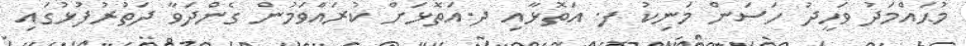
މުޙައްމަދު ވަހީދު ހަސަން މަނިކު ފ. އަތޮޅާއި ދ.އަތޮޅަށް ކުރައްވަމުން ގެންދަވާ ދަތުރުފުޅުގައި